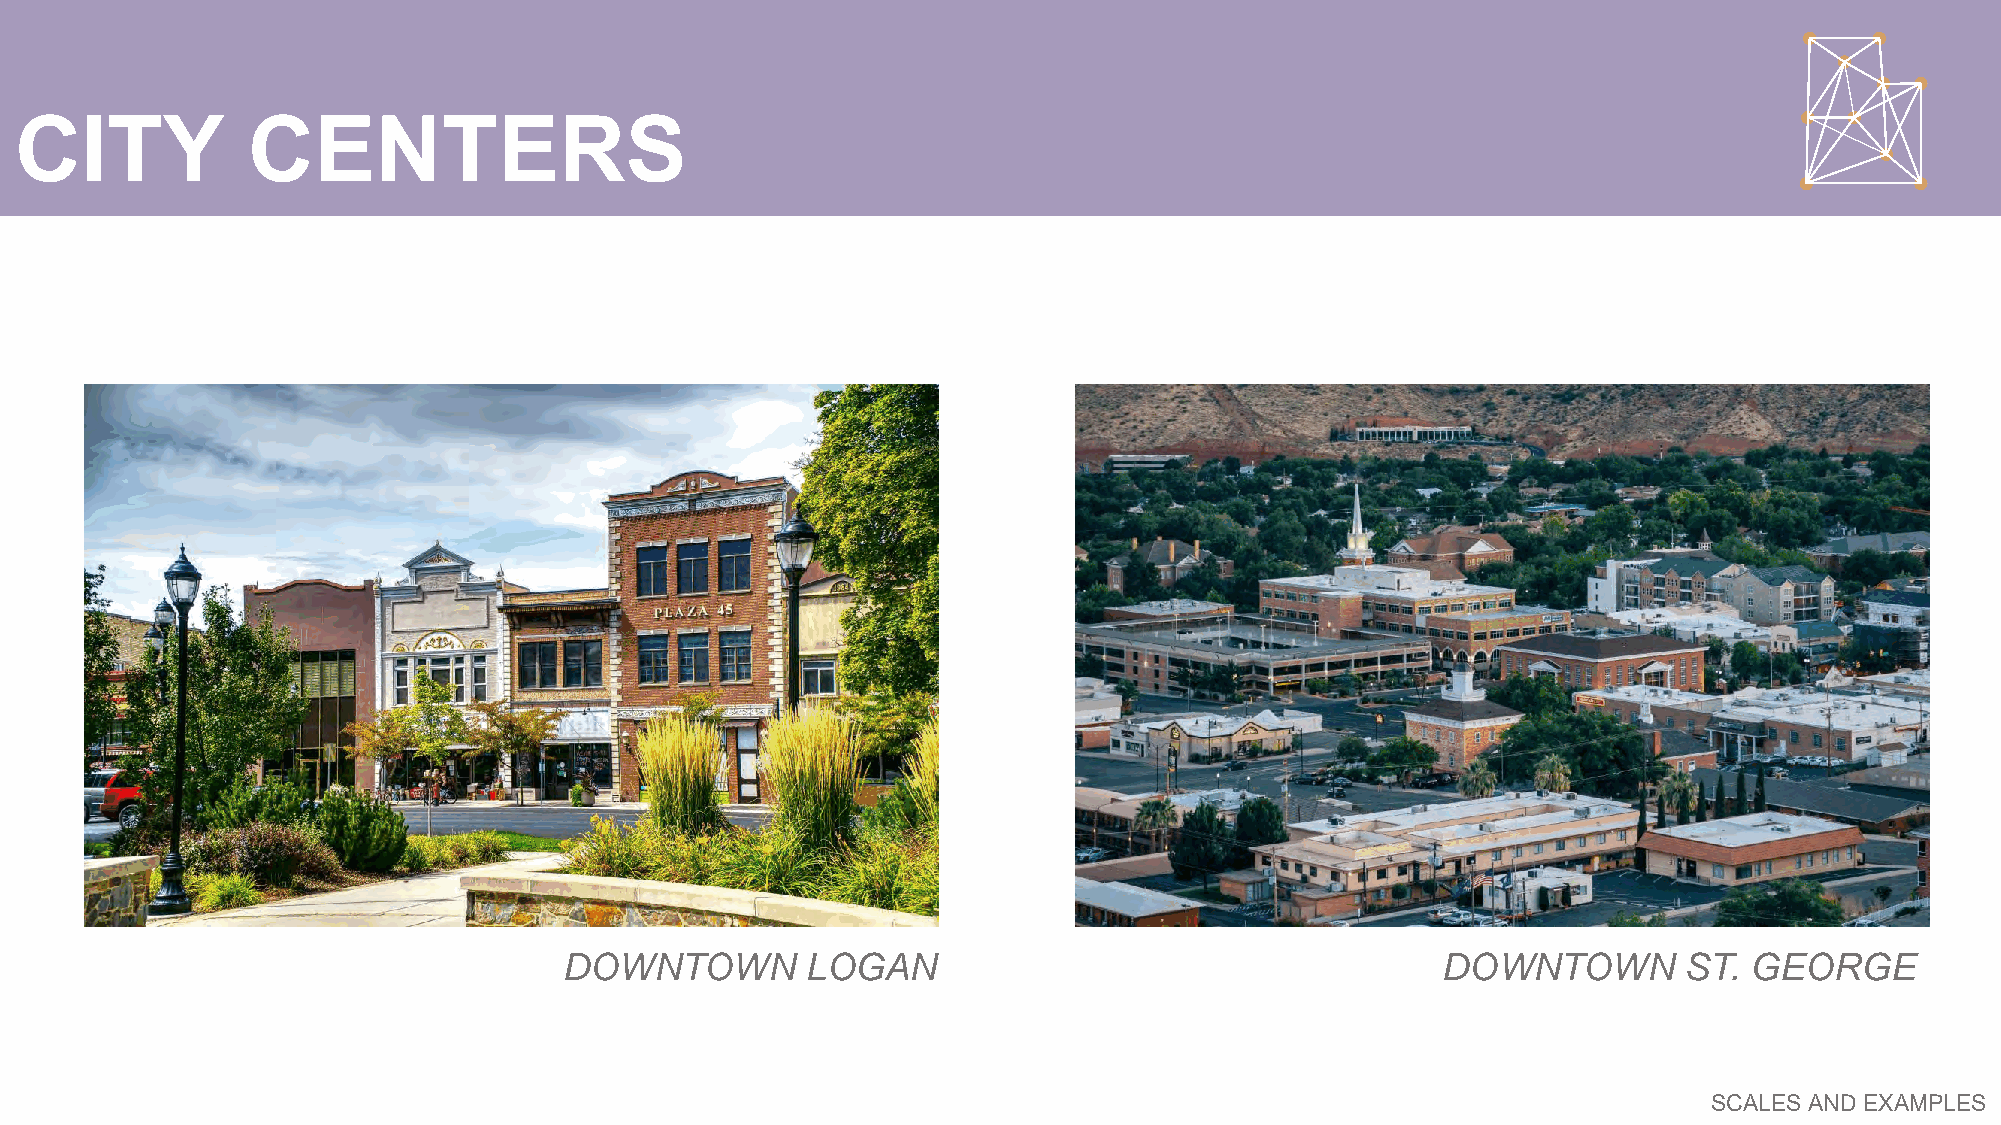
CITY           CENTERS
 DOWNTOWN        LOGAN                                     DOWNTOWN        ST.  GEORGE
 SCALES AND EXAMPLES